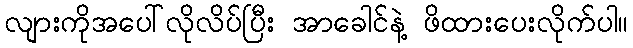
လျားကိုအပေါ်လိုလိပ်ပြီး အာခေါင်နဲ့ ဖိထားပေးလိုက်ပါ။